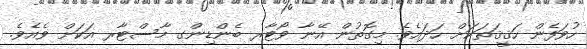
ހުވަފެން ހަޤީޤަތަކަށް ހަދައެވެ. މިގޮތުން އޭނާ ވޯޓާރ ބެންޑިންގ މާސްޓާރ އަކަށް ވެއެވެ.